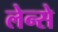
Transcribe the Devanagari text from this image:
लेन्से